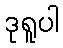
ဒုရူပါ